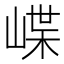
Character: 𡺑